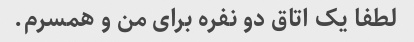
لطفا یک اتاق دو نفره برای من و همسرم.